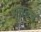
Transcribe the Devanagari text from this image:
भूतत्त्व